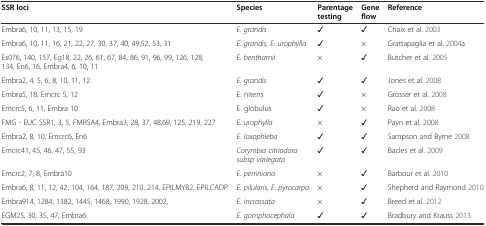
| SSR loci | Species | Parentage testing | Gene flow | Reference |
 | --- | --- | --- | --- | --- |
 | Embra6, 10, 11, 13, 15, 19 | E. grandis | ✓ | ✓ | Chaix et al. [2003] |
 | Embra6, 10, 11, 16, 21, 22, 27, 30, 37, 40, 49,52, 53, 31 | E. grandis, E. urophylla | ✓ | × | Grattapaglia et al. [2004]a |
 | Es076, 140, 157, Eg18, 22, 26, 61, 67, 84, 86, 91, 96, 99, 126, 128, 134, En6, 16, Embra4, 6, 10, 11 | E. benthamii | × | ✓ | Butcher et al. [2005] |
 | Embra2, 4, 5, 6, 8, 10, 11, 12 | E. grandis | ✓ | ✓ | Jones et al. [2008] |
 | Embra5, 18, Emcrc 5, 12 | E. nitens | ✓ | × | Grosser et al. [2008] |
 | Emcrc5, 6, 11, Embra 10 | E. globulus | ✓ | × | Rao et al. [2008] |
 | FMG - EUC SSR1, 3, 5, FMRSA4, Embra3, 28, 37, 48,69, 125, 219, 227 | E. urophylla | × | ✓ | Payn et al. [2008] |
 | Embra2, 8, 10, Emcrc6, En6 | E. loxophleba | ✓ | ✓ | Sampson and Byrne [2008] |
 | Emcrc41, 45, 46, 47, 55, 93 | Corymbia citriodora subsp variegata | ✓ | ✓ | Bacles et al. [2009] |
 | Emcrc2, 7, 8, Embra10 | E. perriniana | × | ✓ | Barbour et al. [2010] |
 | Embra6, 8, 11, 12, 42, 104, 164, 187, 209, 210, 214, EPILMYB2, EPILCADP | E. pilularis, E. pyrocarpa | × | ✓ | Shepherd and Raymond [2010] |
 | Embra914, 1284, 1382, 1445, 1468, 1990, 1928, 2002, | E. incrassata | × | ✓ | Breed et al. [2012] |
 | EGM25, 30, 35, 47, Embra6 | E. gomphocephala | ✓ | ✓ | Bradbury and Krauss [2013] |